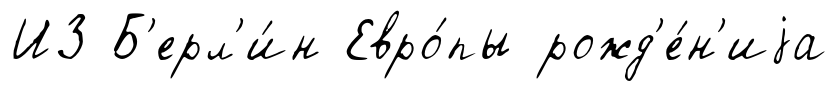
ИЗ Б'ерл'и́н Евро́пы рожд'е́н'иjа